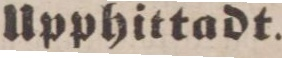
Upphittadt.